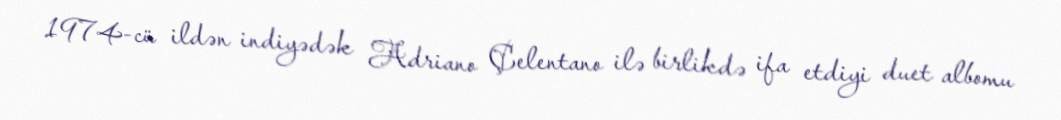
1974-cü ildən indiyədək Adriano Çelentano ilə birlikdə ifa etdiyi duet albomu